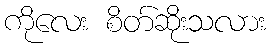
ကိုလေး စိတ်ဆိုးသလား